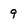
Character: 9